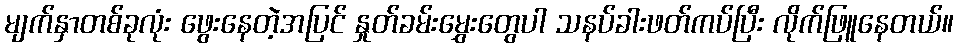
မျက်နှာတစ်ခုလုံး ဖွေးနေတဲ့အပြင် နှုတ်ခမ်းမွှေးတွေပါ သနပ်ခါးဖတ်ကပ်ပြီး လိုက်ဖြူနေတယ်။